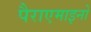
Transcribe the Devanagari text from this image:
पैराएमाइनो